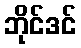
ဘိုင်ဒင်